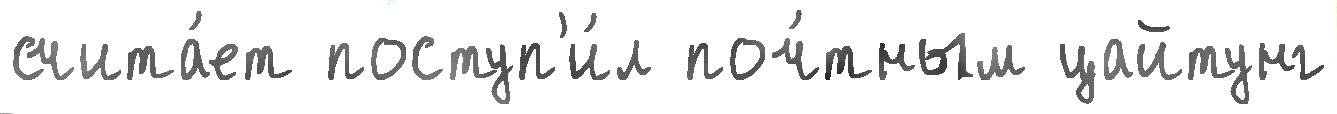
счита́ет поступ'и́л поч́тным цайтунг